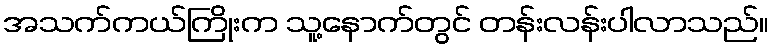
အသက်ကယ်ကြိုးက သူ့နောက်တွင် တန်းလန်းပါလာသည်။